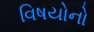
વિષયોનો